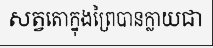
សត្វតោក្នុងព្រៃបានក្លាយជា